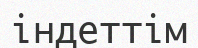
індеттім